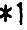
*1